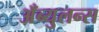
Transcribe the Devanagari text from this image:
अँब्युलन्स